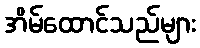
အိမ်ထောင်သည်များ